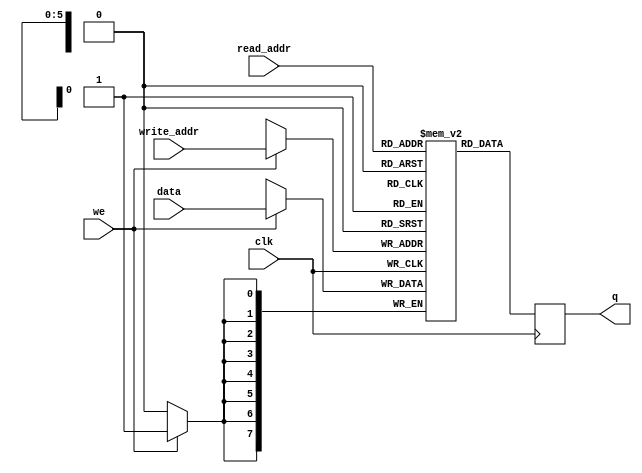

/****************
*simple_dual_port_ram
*
*****************/

// synthesis translate_off
`timescale 1ns / 1ps
// synthesis translate_on



// Quartus II Verilog Template
// Simple Dual Port RAM with separate read/write addresses and
// single read/write clock

module eth_simple_dual_port_ram #(
	parameter Dw=8, 
	parameter Aw=6
)
(
	data,
	read_addr, 
	write_addr,
	we,
	clk,
	q
);

	input 	[Dw-1	:0] data;
	input 	[Aw-1	:0] read_addr;
	input 	[Aw-1	:0] write_addr;
	input we;
	input clk;
	output reg [Dw-1	:0] q;


	// Declare the RAM variable
	reg [Dw-1:0] ram [2**Aw-1:0];

	always @ (posedge clk)
	begin
		// Write
		if (we)
			ram[write_addr] <= data;

		// Read (if read_addr == write_addr, return OLD data).	To return
		// NEW data, use = (blocking write) rather than <= (non-blocking write)
		// in the write assignment.	 NOTE: NEW data may require extra bypass
		// logic around the RAM.
		q <= ram[read_addr];
	end

endmodule








/*****************************

        single_port_ram


*****************************/

// Quartus II Verilog Template
// Single port RAM with single read/write address 

module eth_single_port_ram #(
    parameter Dw=8,
    parameter Aw=6
)
(
    data,
    addr,
    we,
    clk,
    q
);

    input [(Dw-1):0] data;
    input [(Aw-1):0] addr;
    input we, clk;
    output [(Dw-1):0] q;

    // Declare the RAM variable
    reg [Dw-1:0] ram[2**Aw-1:0];

    // Variable to hold the registered read address
    reg [Aw-1:0] addr_reg;

    always @ (posedge clk)
    begin
        // Write
        if (we)
            ram[addr] <= data;
            addr_reg <= addr;
    end

    // Continuous assignment implies read returns NEW data.
    // This is the natural behavior of the TriMatrix memory
    // blocks in Single Port mode.  
    assign q = ram[addr_reg];

endmodule